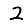
Digit: 2